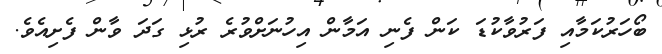
ބޯހަރުކަމާއި ފަރުވާކުޑަ ކަން ފެނި އަމާން އިހުނަށްވުރެ ރުޅި ގަދަ ވާން ފެށިއެވެ.